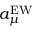
a _ { \mu } ^ { \mathrm { E W } }